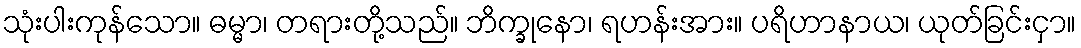
သုံးပါးကုန်သော။ ဓမ္မာ၊ တရားတို့သည်။ ဘိက္ခုနော၊ ရဟန်းအား။ ပရိဟာနာယ၊ ယုတ်ခြင်းငှာ။